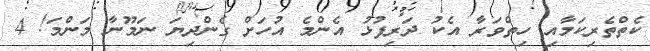
ކެތްތެރިކަމާއި ހިތްވަރާ އެކު ދަރިފުޅު އެންމެ އުހަށް ގެންދިޔަ ނަމޫނާ މަންމަ! 4